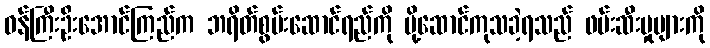
ဝန်ကြီးဦးအောင်ကြည်က ဘရိတ်စွမ်းဆောင်ရည်ကို ပို့ဆောင်ကုသခဲ့ရသည် ဖမ်းဆီးမှုများကို